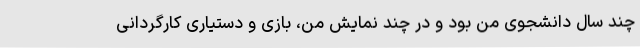
چند سال دانشجوی من بود و در چند نمایش من، بازی و دستیاری کارگردانی